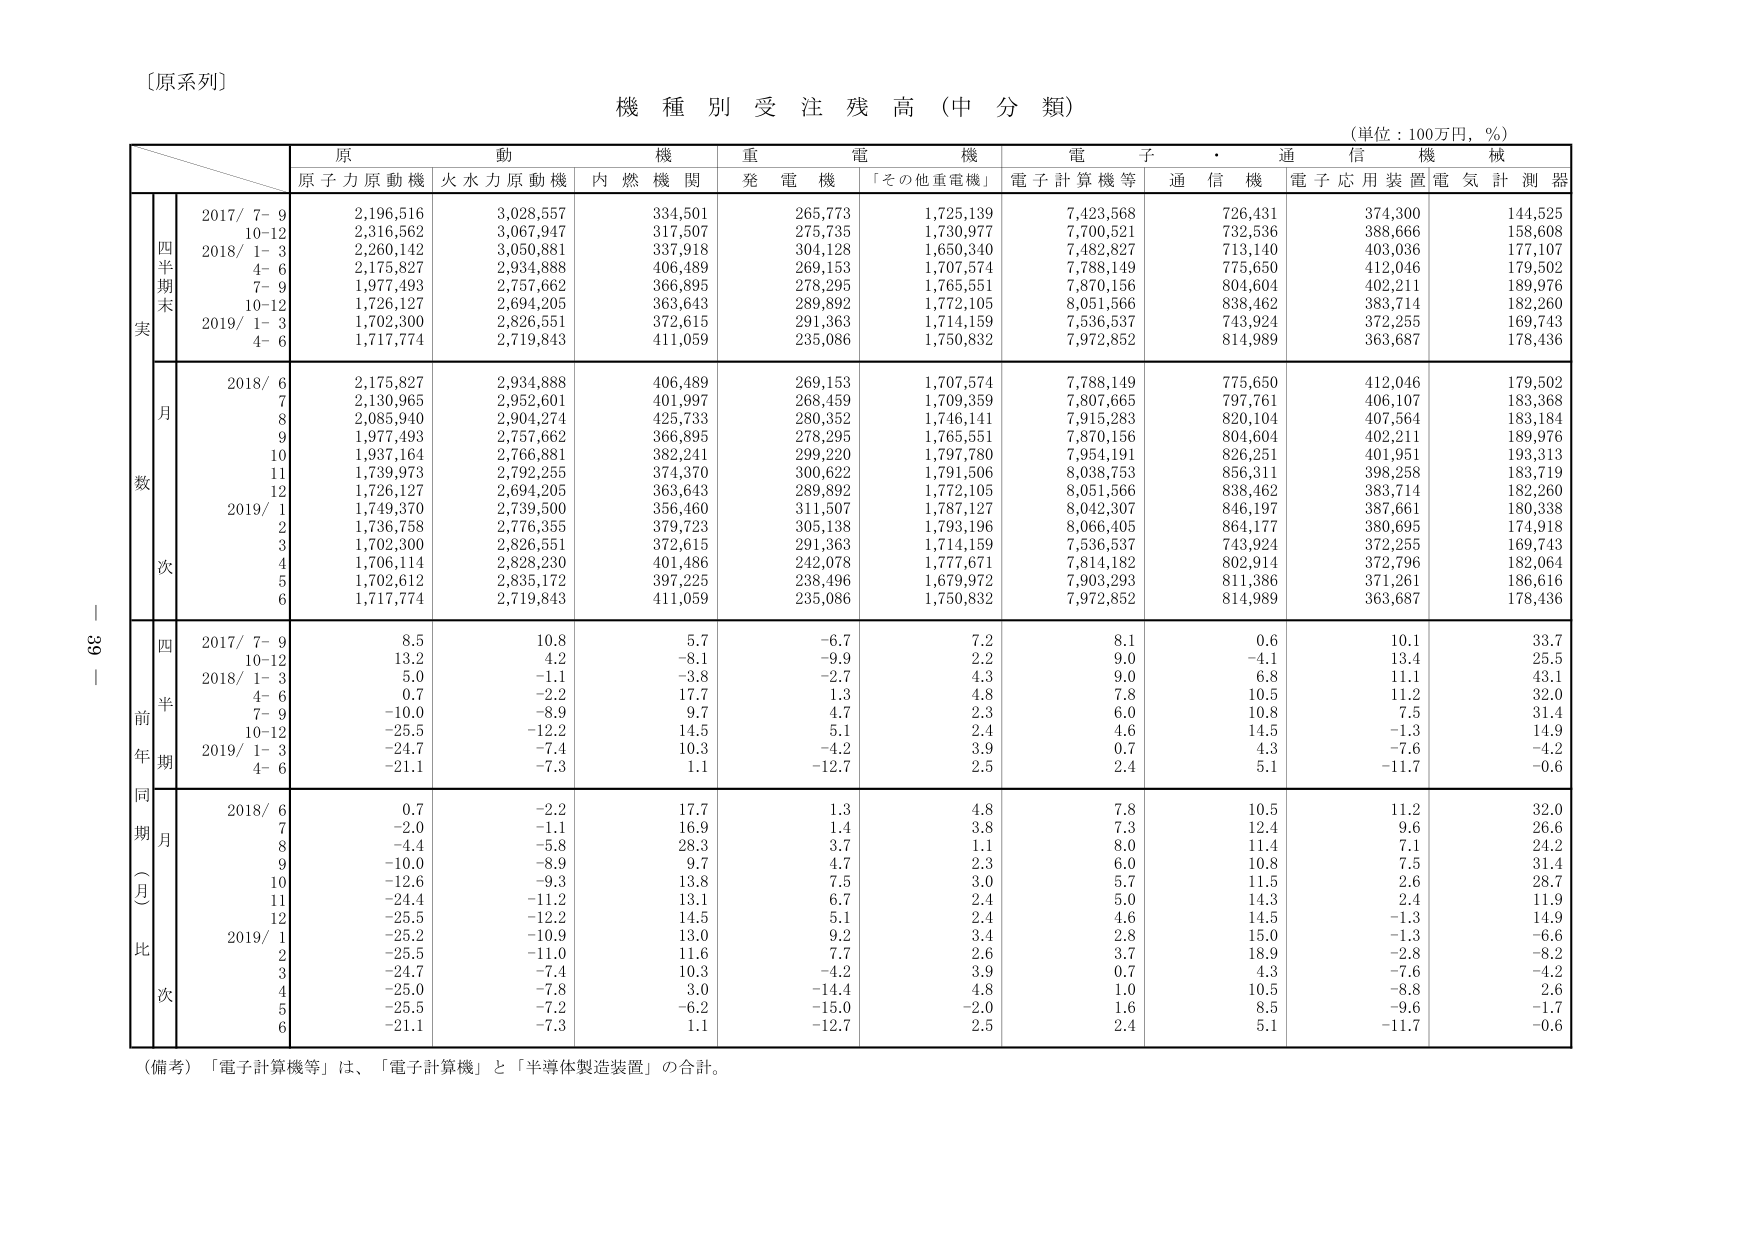
〔原系列〕

機種別受注残高（中分類）

（単位：100万円，％）

原動機　重電機　電子・通信機械

原子力原動機　火水力原動機　内燃機関　発電機　「その他重電機」　電子計算機等　通信機　電子応用装置　電気計測器

四半期末実

2017/ 7- 9　2,196,516　3,028,557　334,501　265,773　1,725,139　7,423,568　726,431　374,300　144,525
　　　10-12　2,316,562　3,067,947　317,507　275,735　1,730,977　7,700,521　732,536　388,666　158,608
2018/ 1- 3　2,260,142　3,050,881　337,918　304,128　1,650,340　7,482,827　713,140　403,036　177,107
　　　4- 6　2,175,827　2,934,888　406,489　269,153　1,707,574　7,788,149　775,650　412,046　179,502
　　　7- 9　1,977,493　2,757,662　366,895　278,295　1,765,551　7,870,156　804,604　402,211　189,976
　　　10-12　1,726,127　2,694,205　363,643　289,892　1,772,105　8,051,566　838,462　383,714　182,260
2019/ 1- 3　1,702,300　2,826,551　372,615　291,363　1,714,159　7,536,537　743,924　372,255　169,743
　　　4- 6　1,717,774　2,719,843　411,059　235,086　1,750,832　7,972,852　814,989　363,687　178,436

月数

2018/ 6　2,175,827　2,934,888　406,489　269,153　1,707,574　7,788,149　775,650　412,046　179,502
　　　7　2,130,965　2,952,601　401,997　268,459　1,709,359　7,807,665　797,761　406,107　183,368
　　　8　2,085,940　2,904,274　425,733　280,352　1,746,141　7,915,283　820,104　407,564　183,184
　　　9　1,977,493　2,757,662　366,895　278,295　1,765,551　7,870,156　804,604　402,211　189,976
　　　10　1,937,164　2,766,881　382,241　299,220　1,797,780　7,954,191　826,251　401,951　193,313
　　　11　1,739,973　2,792,255　374,370　300,622　1,791,506　8,038,753　856,311　398,258　183,719
　　　12　1,726,127　2,694,205　363,643　289,892　1,772,105　8,051,566　838,462　383,714　182,260
2019/ 1　1,749,370　2,739,500　356,460　311,507　1,787,127　8,042,307　846,197　387,661　180,338
　　　2　1,736,758　2,776,355　379,723　305,138　1,793,196　8,066,405　864,177　380,695　174,918
　　　3　1,702,300　2,826,551　372,615　291,363　1,714,159　7,536,537　743,924　372,255　169,743
　　　4　1,706,114　2,828,230　401,486　242,078　1,777,671　7,814,182　802,914　372,796　182,064
　　　5　1,702,612　2,835,172　397,225　238,496　1,679,972　7,903,293　811,386　371,261　186,616
　　　6　1,717,774　2,719,843　411,059　235,086　1,750,832　7,972,852　814,989　363,687　178,436

前年同期比（月次）

四半期

2017/ 7- 9　8.5　10.8　5.7　-6.7　7.2　8.1　0.6　10.1　33.7
　　　10-12　13.2　4.2　-8.1　-9.9　2.2　9.0　-4.1　13.4　25.5
2018/ 1- 3　5.0　-1.1　-3.8　-2.7　4.3　9.0　6.8　11.1　43.1
　　　4- 6　0.7　-2.2　17.7　1.3　4.8　7.8　10.5　11.2　32.0
　　　7- 9　-10.0　-8.9　9.7　4.7　2.3　6.0　10.8　7.5　31.4
　　　10-12　-25.5　-12.2　14.5　5.1　2.4　4.6　14.5　-1.3　14.9
2019/ 1- 3　-24.7　-7.4　10.3　-4.2　3.9　0.7　4.3　-7.6　-4.2
　　　4- 6　-21.1　-7.3　1.1　-12.7　2.5　2.4　5.1　-11.7　-0.6

月

2018/ 6　0.7　-2.2　17.7　1.3　4.8　7.8　10.5　11.2　32.0
　　　7　-2.0　-1.1　16.9　1.4　3.8　7.3　12.4　9.6　26.6
　　　8　-4.4　-5.8　28.3　3.7　1.1　8.0　11.4　7.1　24.2
　　　9　-10.0　-8.9　9.7　4.7　2.3　6.0　10.8　7.5　31.4
　　　10　-12.6　-9.3　13.8　7.5　3.0　5.7　11.5　2.6　28.7
　　　11　-24.4　-11.2　13.1　6.7　2.4　5.0　14.3　2.4　11.9
　　　12　-25.5　-12.2　14.5　5.1　2.4　4.6　14.5　-1.3　14.9
2019/ 1　-25.2　-10.9　13.0　9.2　3.4　2.8　15.0　-1.3　-6.6
　　　2　-25.5　-11.0　11.6　7.7　2.6　3.7　18.9　-2.8　-8.2
　　　3　-24.7　-7.4　10.3　-4.2　3.9　0.7　4.3　-7.6　-4.2
　　　4　-25.0　-7.8　3.0　-14.4　4.8　1.0　10.5　-8.8　2.6
　　　5　-25.5　-7.2　-6.2　-15.0　-2.0　1.6　8.5　-9.6　-1.7
　　　6　-21.1　-7.3　1.1　-12.7　2.5　2.4　5.1　-11.7　-0.6

（備考）「電子計算機等」は、「電子計算機」と「半導体製造装置」の合計。

39